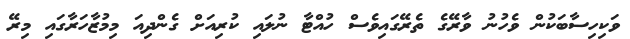
ވަކިހިސާބަކުން ވެހުނު ވާރޭގެ ތެރޭގައިވެސް ހުއްޓާ ނުލައި ކުރިއަށް ގެންދިއަ މިމުޒާހަރާގައި މިރޭ